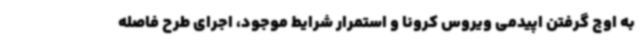
به اوج گرفتن اپیدمی ویروس کرونا و استمرار شرایط موجود، اجرای طرح فاصله